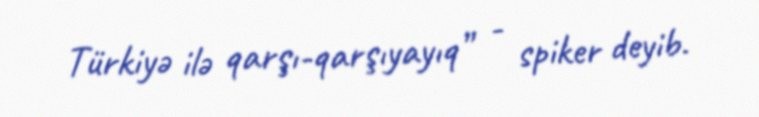
Türkiyə ilə qarşı-qarşıyayıq” - spiker deyib.